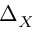
\Delta _ { X }